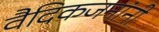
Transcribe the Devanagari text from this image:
वैदिकजनांनी